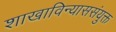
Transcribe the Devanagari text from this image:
शाखाविन्याससंयुक्त